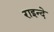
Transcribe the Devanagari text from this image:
राइन्दे